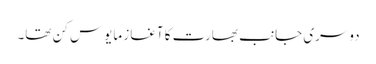
دوسری جانب بھارت کا آغاز مایوس کن تھا۔